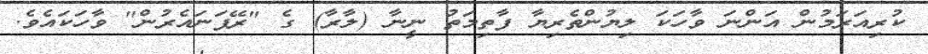
ކުރިއަރަމުން އަންނަ ވާހަކަ ލިޔުންތެރިޔާ ފާތިމަތު ނީނާ (ލާރާ) ގެ "ރޭފަނައެރުން" ވާހަކައެވެ.